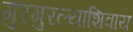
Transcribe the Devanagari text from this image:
गुरगुरल्याशिवाय